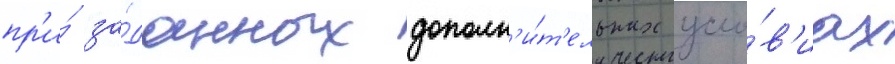
пр'и́ за́данных дополн'и́т'ельных усло́в'иах